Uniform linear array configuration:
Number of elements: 32
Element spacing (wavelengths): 1
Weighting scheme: hann
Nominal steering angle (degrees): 15
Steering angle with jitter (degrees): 14.13
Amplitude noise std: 0.05
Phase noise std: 0.05

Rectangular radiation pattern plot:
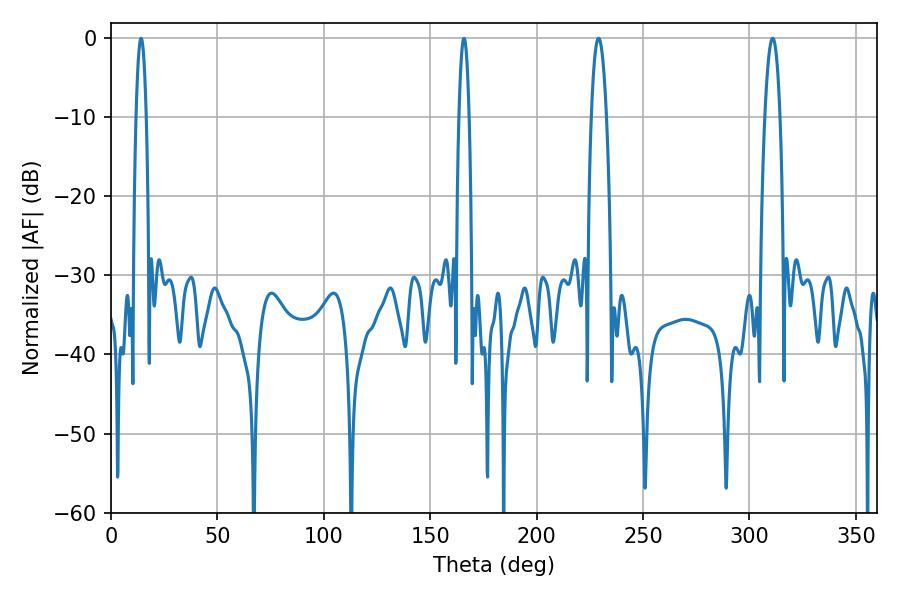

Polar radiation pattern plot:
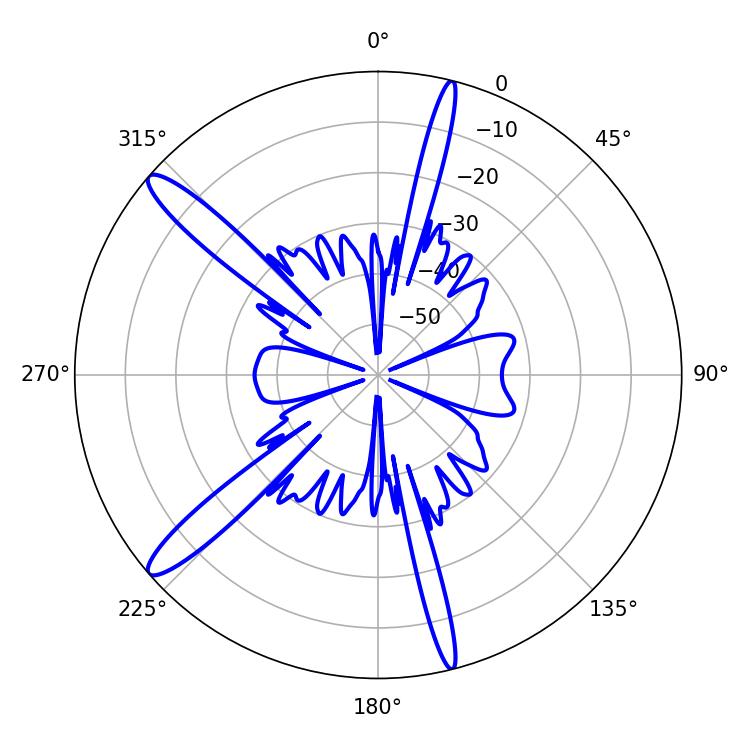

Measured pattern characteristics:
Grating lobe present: TRUE
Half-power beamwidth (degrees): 3.96
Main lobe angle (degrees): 310.86